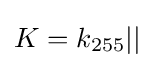
K=k_{255}||